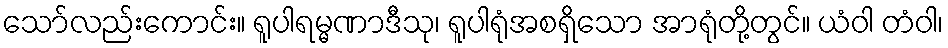
သော်လည်းကောင်း။ ရူပါရမ္မဏာဒီသု၊ ရူပါရုံအစရှိသော အာရုံတို့တွင်။ ယံဝါ တံဝါ၊